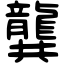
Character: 龔